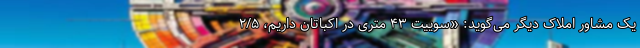
یک مشاور املاک دیگر می‌گوید: «سوییت ۴۳ متری در اکباتان داریم، ۲/۵